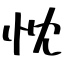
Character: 忱